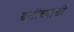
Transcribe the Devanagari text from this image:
बगीच्याची